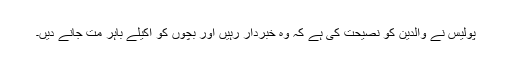
پولیس نے والدین کو نصیحت کی ہے کہ وہ خبردار رہیں اور بچوں کو اکیلے باہر مت جانے دیں۔